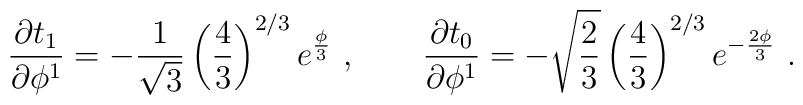
{\partial t_1\over  \partial \phi^1} = - {1\over \sqrt 3} \left({4\over3}\right) ^{2/3} e^{{\phi \over 3}} \ , \qquad{\partial t_0 \over \partial \phi^1} = -  \sqrt {2 \over 3} \left( {4\over3}\right) ^{2/3}e^{-{2\phi \over 3}} \ .